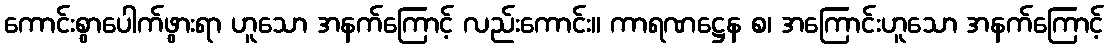
ကောင်းစွာပေါက်ဖွားရာ ဟူသော အနက်ကြောင့် လည်းကောင်း။ ကာရဏဋ္ဌေန စ၊ အကြောင်းဟူသော အနက်ကြောင့်